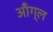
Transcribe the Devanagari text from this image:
ऑंग्ल